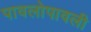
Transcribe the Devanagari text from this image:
पावलोपावली